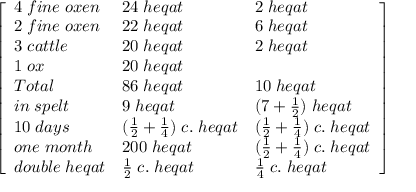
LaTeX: \left[ \begin{array} { l l l } { 4 \; f i n e \; o x e n } & { 2 4 \; h e q a t } & { 2 \; h e q a t } \\ { 2 \; f i n e \; o x e n } & { 2 2 \; h e q a t } & { 6 \; h e q a t } \\ { 3 \; c a t t l e } & { 2 0 \; h e q a t } & { 2 \; h e q a t } \\ { 1 \; o x } & { 2 0 \; h e q a t } & { } \\ { T o t a l } & { 8 6 \; h e q a t } & { 1 0 \; h e q a t } \\ { i n \; s p e l t } & { 9 \; h e q a t } & { ( 7 + { \frac { 1 } { 2 } } ) \; h e q a t } \\ { 1 0 \; d a y s } & { ( { \frac { 1 } { 2 } } + { \frac { 1 } { 4 } } ) \; c . \; h e q a t } & { ( { \frac { 1 } { 2 } } + { \frac { 1 } { 4 } } ) \; c . \; h e q a t } \\ { o n e \; m o n t h } & { 2 0 0 \; h e q a t } & { ( { \frac { 1 } { 2 } } + { \frac { 1 } { 4 } } ) \; c . \; h e q a t } \\ { d o u b l e \; h e q a t } & { { \frac { 1 } { 2 } } \; c . \; h e q a t } & { { \frac { 1 } { 4 } } \; c . \; h e q a t } \end{array} \right]